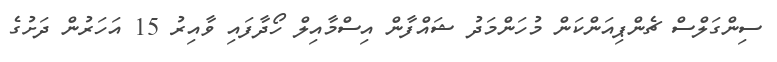
ސިންގަލްސް ޗެންޕިއަންކަން މުހަންމަދު ޝައްފާން އިސްމާއިލް ހޯދާފައި ވާއިރު 15 އަހަރުން ދަށުގެ